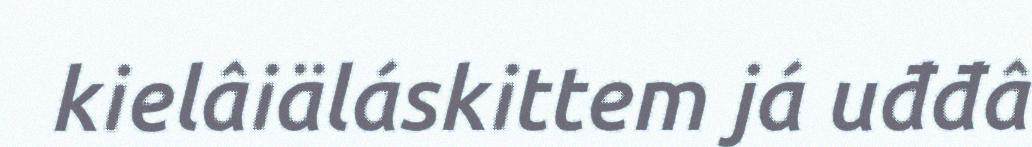
kielâiäláskittem já uđđâ